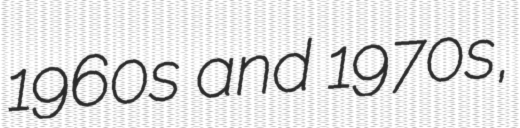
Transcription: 1960s and 1970s,